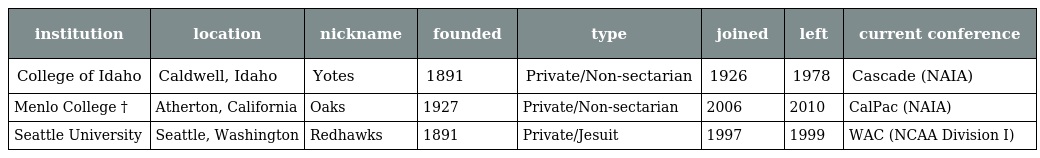
| institution | location | nickname | founded | type | joined | left | current conference |
 | --- | --- | --- | --- | --- | --- | --- | --- |
 | College of Idaho | Caldwell, Idaho | Yotes | 1891 | Private/Non-sectarian | 1926 | 1978 | Cascade (NAIA) |
 | Menlo College † | Atherton, California | Oaks | 1927 | Private/Non-sectarian | 2006 | 2010 | CalPac (NAIA) |
 | Seattle University | Seattle, Washington | Redhawks | 1891 | Private/Jesuit | 1997 | 1999 | WAC (NCAA Division I) |